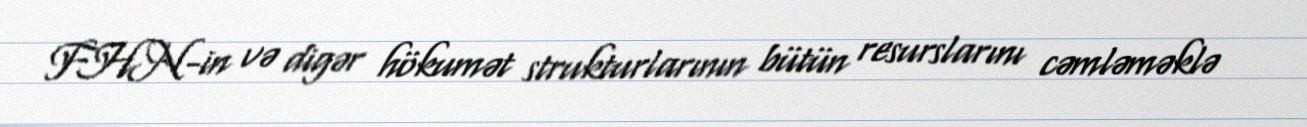
FHN-in və digər hökumət strukturlarının bütün resurslarını cəmləməklə